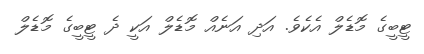
ޓީބީގެ މޮޑެލް އެކެވެ. އަދި އަނެއް މޮޑެލް އަކީ ދެ ޓީބީގެ މޮޑެލް